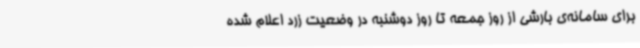
برای سامانه‌ی بارشی از روز جمعه تا روز دوشنبه در وضعیت زرد اعلام شده